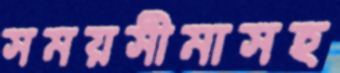
সময়সীমাসহ